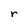
Character: r